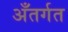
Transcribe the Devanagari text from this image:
अँतर्गत